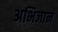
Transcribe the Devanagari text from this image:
अभिजान